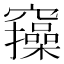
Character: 𥩃